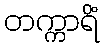
တက္ကာရိံ